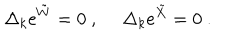
LaTeX: \Delta _ { k } \mathrm { e } ^ { { \tilde { W } } } = 0 ~ , ~ \quad \Delta _ { k } \mathrm { e } ^ { { \tilde { X } } } = 0 ~ .